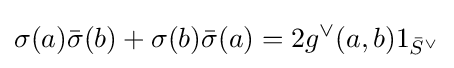
\sigma (a){\bar {\sigma }}(b)+\sigma (b){\bar {\sigma }}(a)=2g^{\vee }(a,b)1_{{\bar {S}}^{\vee }}